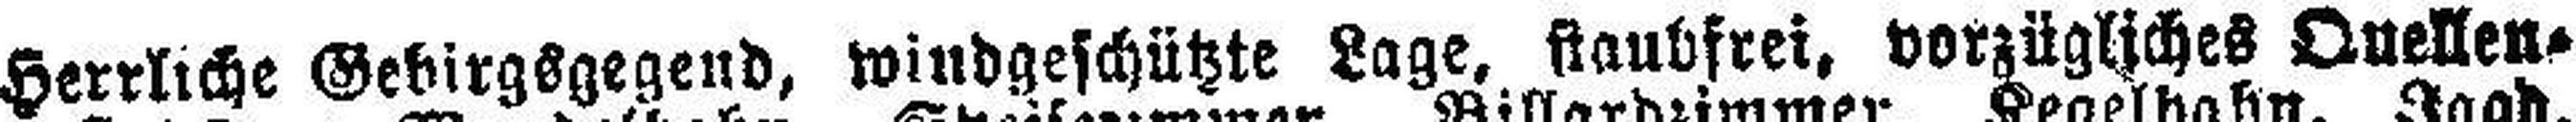
Herrliche Gebirgsgegend, windgeschützte Lage, staubfrei, vorzügliches Quellen¬